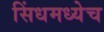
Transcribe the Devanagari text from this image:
सिंधमध्येच